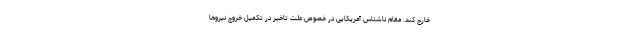
خارج کند. مقام ناشناس آمریکایی در خصوص علت تاخیر در تکمیل خروج نیروها